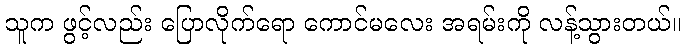
သူက ဖွင့်လည်း ပြောလိုက်ရော ကောင်မလေး အရမ်းကို လန့်သွားတယ်။